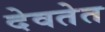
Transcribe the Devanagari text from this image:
देवतेत